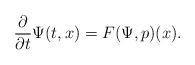
LaTeX: \begin{align*}\frac{\partial}{\partial t} \Psi(t,x) = F(\Psi, p)(x).\end{align*}